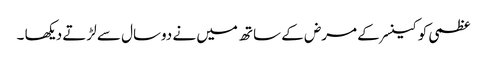
عظمی کو کینسر کے مرض کے ساتھ میں نے دوسال سے لڑتے دیکھا ۔